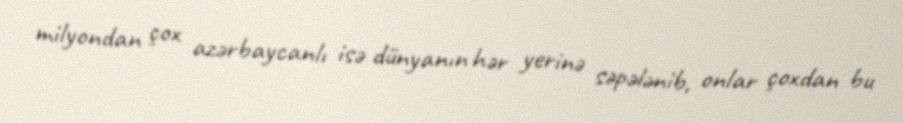
milyondan çox azərbaycanlı isə dünyanın hər yerinə səpələnib, onlar çoxdan bu